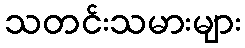
သတင်းသမားများ